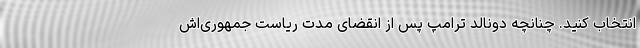
انتخاب کنید. چنانچه دونالد ترامپ پس از انقضای مدت ریاست جمهوری‌اش